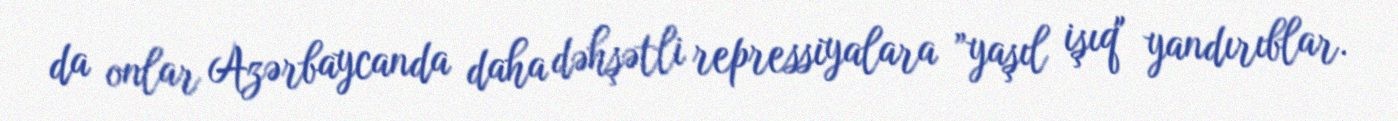
da onlar Azərbaycanda daha dəhşətli repressiyalara ”yaşıl işıq" yandırıblar.